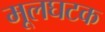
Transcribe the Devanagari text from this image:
मूलघटक